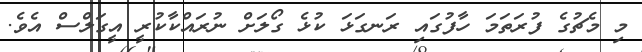
މި މެޗުގެ ފުރަތަމަ ހާފުގައި ރަނގަޅަ ކުޅެ ގޯލަށް ނުރައްކާކުރީ އީގަލްސް އެވެ.